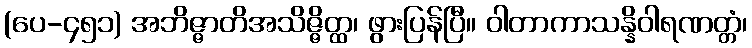
(ပေ-၄၅၁) အဘိဇ္ဇာတိအသိဇ္ဇိတ္ထ၊ ဖွားပြန်ပြီ။ ဝါတာကာသန္နိဝါရဏတ္တံ၊